Investigations on Bengal jail dietaries - Number 37
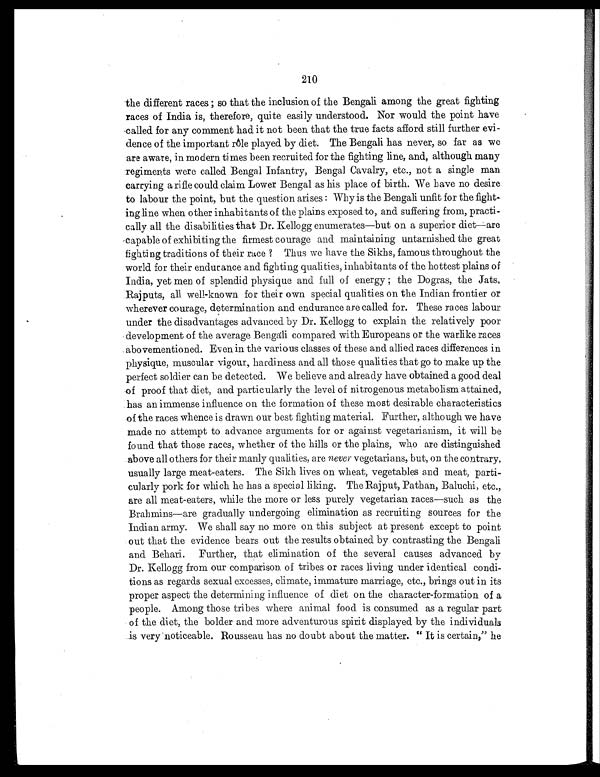
210
the different races ; so that the inclusion of the Bengali among the great fighting
races of India is, therefore, quite easily understood. Nor would the point have
called for any comment had it not been that the true facts afford still further evi-
dence of the important rôle played by diet. The Bengali has never, so far as we
are aware, in modern times been recruited for the fighting line, and, although many
regiments were called Bengal Infantry, Bengal Cavalry, etc., not a single man
carrying a rifle could claim Lower Bengal as his place of birth. We have no desire
to labour the point, but the question arises : Why is the Bengali unfit for the fight
-ing line when other inhabitants of the plains exposed to, and suffering from, practi-
cally all the disabilities that Dr. Kellogg enumerates—but on a superior diet—are
capable of exhibiting the firmest courage and maintaining untarnished the great
fighting traditions of their race ? Thus we have the Sikhs, famous throughout the
world for their endurance and fighting qualities, inhabitants of the hottest plains of
India, yet men of splendid physique and full of energy ; the Dogras, the Jats,
Rajputs, all well-known for their own special qualities on the Indian frontier or
wherever courage, determination and endurance are called for. These races labour
under the disadvantages advanced by Dr. Kellogg to explain the relatively poor
development of the average Bengali compared with Europeans or the warlike races
abovementioned. Ev en in the various classes of these and allied races differences in
physique, muscular vigour, hardiness and all those qualities that go to make up the
perfect soldier can be detected. We believe and already have obtained a good deal
of proof that diet, and particularly the level of nitrogenous metabolism attained,
has an immense influence on the formation of these most desirable characteristics
of the races whence is drawn our best fighting material. Further, although we have
made no attempt to advance arguments for or against vegetarianism, it will be
found that those races, whether of the hills or the plains, who are distinguished
above all others for their manly qualities, are never vegetarians, but, on the contrary,
usually large meat-eaters. The Sikh lives on wheat, vegetables and meat, parti-
cularly pork for which he has a special liking. The Rajput, Pathan, Baluchi, etc.,
are all meat-eaters, while the more or less purely vegetarian races—such as the
Brahmins—are gradually undergoing elimination as recruiting sources for the
Indian army. We shall say no more on this subject at present except to point
out that the evidence bears out the results obtained by contrasting the Bengali
and Behari. Further, that elimination of the several causes advanced by
Dr. Kellogg from our comparison of tribes or races living under identical condi-
tions as regards sexual excesses, climate, immature marriage, etc., brings out in its
proper aspect the determining influence of diet on the character-formation of a
people. Among those tribes where animal food is consumed as a regular part
of the diet, the bolder and more adventurous spirit displayed by the individuals
is very noticeable. Rousseau has no doubt about the matter. " It is certain," he